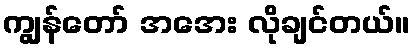
ကျွန်တော် အအေး လိုချင်တယ်။